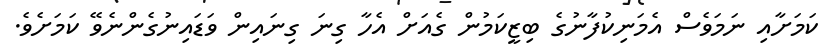
ކަމަށާއި ނަމަވެސް އެމަނިކުފާނުގެ ބިޒީކަމުން ގެއަށް އެހާ ގިނަ ގިނައިން ވަޑައިނުގެންނެވޭ ކަމަށެވެ.